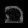
Digit: ၈